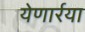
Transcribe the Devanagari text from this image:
येणार्रया